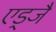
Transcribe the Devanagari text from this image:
एड्जै